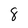
Character: 8